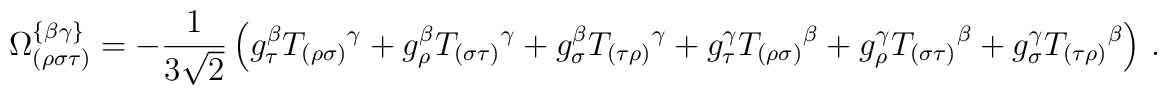
\Omega _{\left( \rho \sigma \tau \right) }^{\left\{ \beta \gamma \right\} }=-\frac{1}{3\sqrt{2}}\left( g_{\tau }^{\beta }T_{\left( \rho \sigma \right)}{}^{\gamma }+g_{\rho }^{\beta }T_{\left( \sigma \tau \right) }{}^{\gamma}+g_{\sigma }^{\beta }T_{\left( \tau \rho \right) }{}^{\gamma }+g_{\tau}^{\gamma }T_{\left( \rho \sigma \right) }{}^{\beta }+g_{\rho }^{\gamma}T_{\left( \sigma \tau \right) }{}^{\beta }+g_{\sigma }^{\gamma }T_{\left(\tau \rho \right) }{}^{\beta }\right) \,.